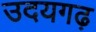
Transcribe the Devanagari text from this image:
उदयगढ़